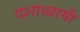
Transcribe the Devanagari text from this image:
दशाध्यायी